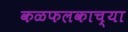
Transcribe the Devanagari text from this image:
कळफलकाच्या